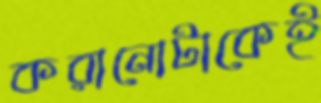
করানোটাকেই